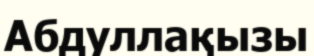
Абдуллақызы